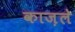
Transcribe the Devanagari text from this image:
काज़ले